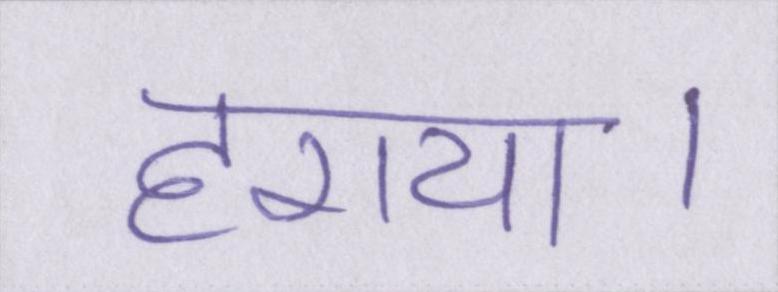
हराया।